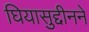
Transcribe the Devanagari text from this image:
घियासुद्दीनने